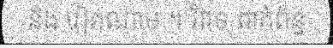
និង វៀតណាម ។ វិវាទ ពាក់ព័ន្ធ